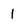
Character: 1